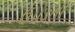
ઉપડતી